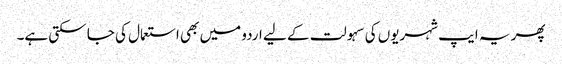
پھر یہ ایپ شہریوں کی سہولت کے لیے اردو میں بھی استعمال کی جا سکتی ہے۔